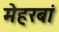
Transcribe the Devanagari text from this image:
मेहरबां